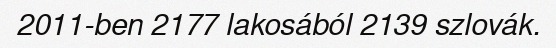
2011-ben 2177 lakosából 2139 szlovák.